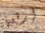
ارفعها